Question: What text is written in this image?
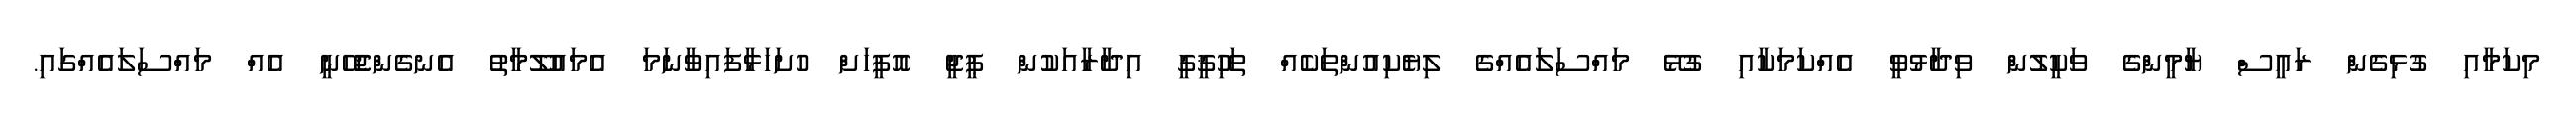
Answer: މިކަމާއި ގުޅިގެން ރައީސް ޔާމީންގެ ވަކީލުން ވިދާޅުވީ އެއްކަމަކާއި ގުޅޭ މައްސަލައެއްގެ ލިޔެކިއުންތަކެއް ތަޙިުޤީގީ އިދާރާއަކުން ޕީޖީ އޮފީހަށް ހުށަހަޅާފައިވާނަމަ އެމައުލޫމާތު އެނގެންޖެހޭނީ އެއް މައްސަލައެއްގައި.